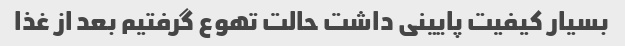
بسیار کیفیت پایینی داشت حالت تهوع گرفتیم بعد از غذا